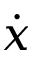
\dot { x }